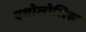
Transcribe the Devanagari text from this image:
एथोलोजिस्ट